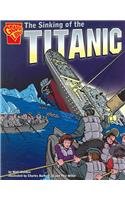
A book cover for The Sinking of the Titanic (Graphic History); Matt Doeden; Children's Books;